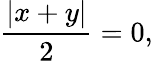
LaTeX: {\frac{|x+y|}{2}}=0,